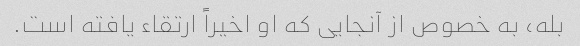
بله، به خصوص از آنجایی که او اخیراً ارتقاء یافته است.